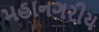
મહાનગરીય